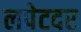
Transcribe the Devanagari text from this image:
लपेटदर